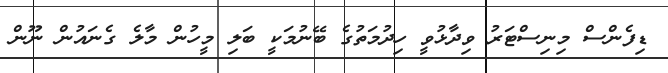
ޑިފެންސް މިނިސްޓަރު ވިދާޅުވީ ހިދުމަތުގެ ބޭނުމަކީ ބަލި މީހުން މާލެ ގެނައުން ނޫން